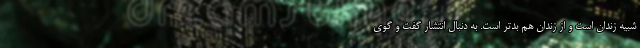
شبیه زندان است و از زندان هم بدتر است. به دنبال انتشار گفت و گوی